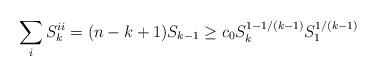
LaTeX: \begin{align*}\sum_i S^{ii}_k = (n - k + 1) S_{k - 1} \geq c_0 S_k^{1 - 1/(k-1)} S_1^{1/(k-1)}\end{align*}